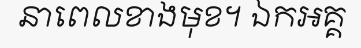
នាពេលខាងមុខ។ ឯកអគ្គ